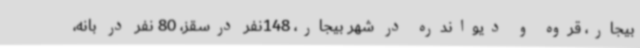
بیجار، قروه و دیواندره در شهر بیجار، 148نفر درسقز، 80 نفر در بانه،